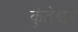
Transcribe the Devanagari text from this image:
कुंतेश्वर